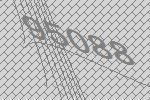
95088